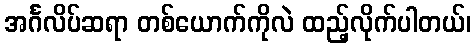
အင်္ဂလိပ်ဆရာ တစ်ယောက်ကိုလဲ ထည့်လိုက်ပါတယ်၊